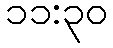
၁၁:၃၀